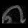
Digit: ၈